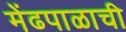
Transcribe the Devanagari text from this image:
मेंढपाळाची